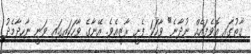
ގާތުގައި އޮވެފައެއް ނުދާނެ" ވާހަކަ ފެށީ ރާޒީއެވެ. އޭނާގެ ވާހަކައިގައި ވަނީ ނާހިދާމެދު